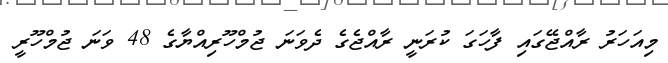
މިއަހަރު ރާއްޖޭގައި ފާހަގަ ކުރަނީ ރާއްޖެގެ ދެވަނަ ޖުމްހޫރިއްޔާގެ 48 ވަނަ ޖުމްހޫރީ